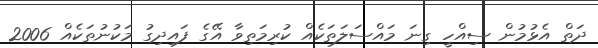
ދަތް އެޅުމުން ސިއްހީ ގިނަ މައްސަލަތަކެއް ކުރިމަތިވާ އޭގެ ފައިދިގު މަކުނުތަކެއް 2006